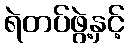
ရဲတပ်ဖွဲ့နှင့်